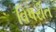
વિ૫રીત